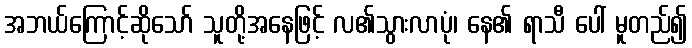
အဘယ်ကြောင့်ဆိုသော် သူတို့အနေဖြင့် လ၏သွားလာပုံ၊ နေ၏ ရာသီ ပေါ် မူတည်၍